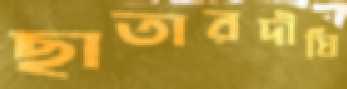
ছাতারদীঘি